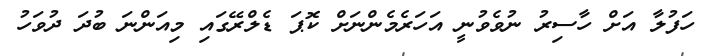
ހަފުލާ އަށް ހާސިރު ނުވެވުނީ އަހަރެމެންނަށް ކޮޕަ ޑެލްރޭގައި މިއަންނަ ބުދަ ދުވަހު